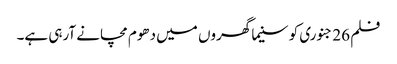
فلم 26 جنوری کو سنیما گھروں میں دھوم مچانے آرہی ہے۔